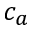
c _ { a }